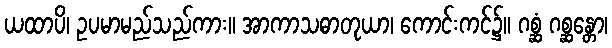
ယထာပိ၊ ဥပမာမည်သည်ကား။ အာကာသဓာတုယာ၊ ကောင်းကင်၌။ ဂစ္ဆံ ဂစ္ဆန္တော၊